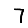
Digit: 7